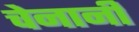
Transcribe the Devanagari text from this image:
चेनानी